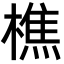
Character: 樵